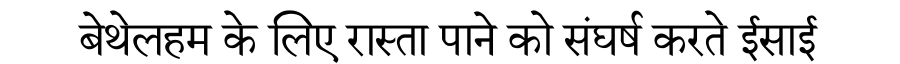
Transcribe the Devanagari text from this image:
बेथेलहम के लिए रास्ता पाने को संघर्ष करते ईसाई